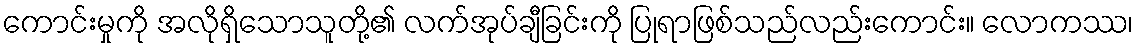
ကောင်းမှုကို အလိုရှိသောသူတို့၏ လက်အုပ်ချီခြင်းကို ပြုရာဖြစ်သည်လည်းကောင်း။ လောကဿ၊